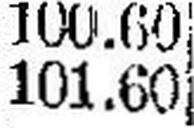
101.60